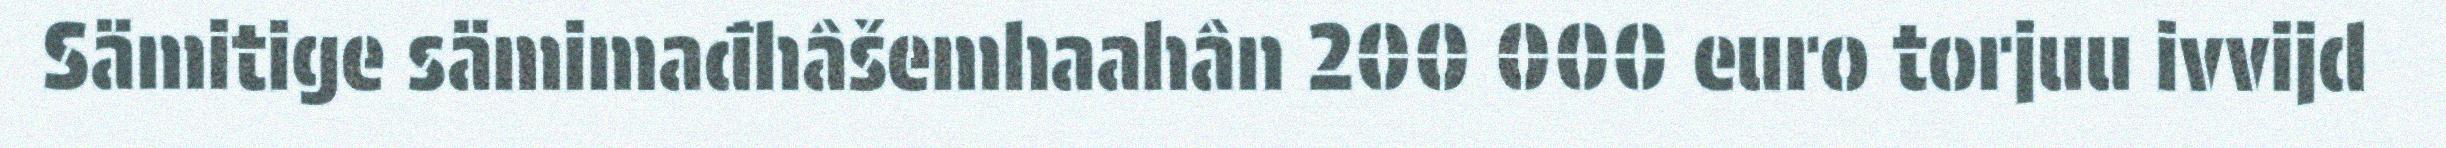
Sämitige sämimađhâšemhaahân 200 000 euro torjuu ivvijd